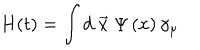
H ( t ) = \int d \stackrel { \rightarrow } { x } \Psi \left( x \right) \gamma _ { \mu }